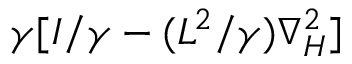
\gamma [ I / \gamma - ( L ^ { 2 } / \gamma ) \nabla _ { H } ^ { 2 } ]